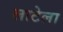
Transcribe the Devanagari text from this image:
लाटेला